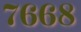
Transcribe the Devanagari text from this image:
७६६८